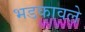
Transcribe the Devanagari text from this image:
भडकावले